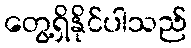
တွေ့ရှိနိုင်ပါသည်